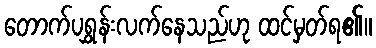
တောက်ပရွှန်းလက်နေသည်ဟု ထင်မှတ်ရ၏။